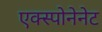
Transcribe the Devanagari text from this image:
एक्स्पोनेनेट